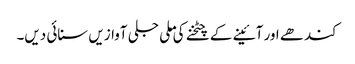
کندھے اور آئینے کے چٹخنے کی ملی جلی آوازیں سنائی دیں۔